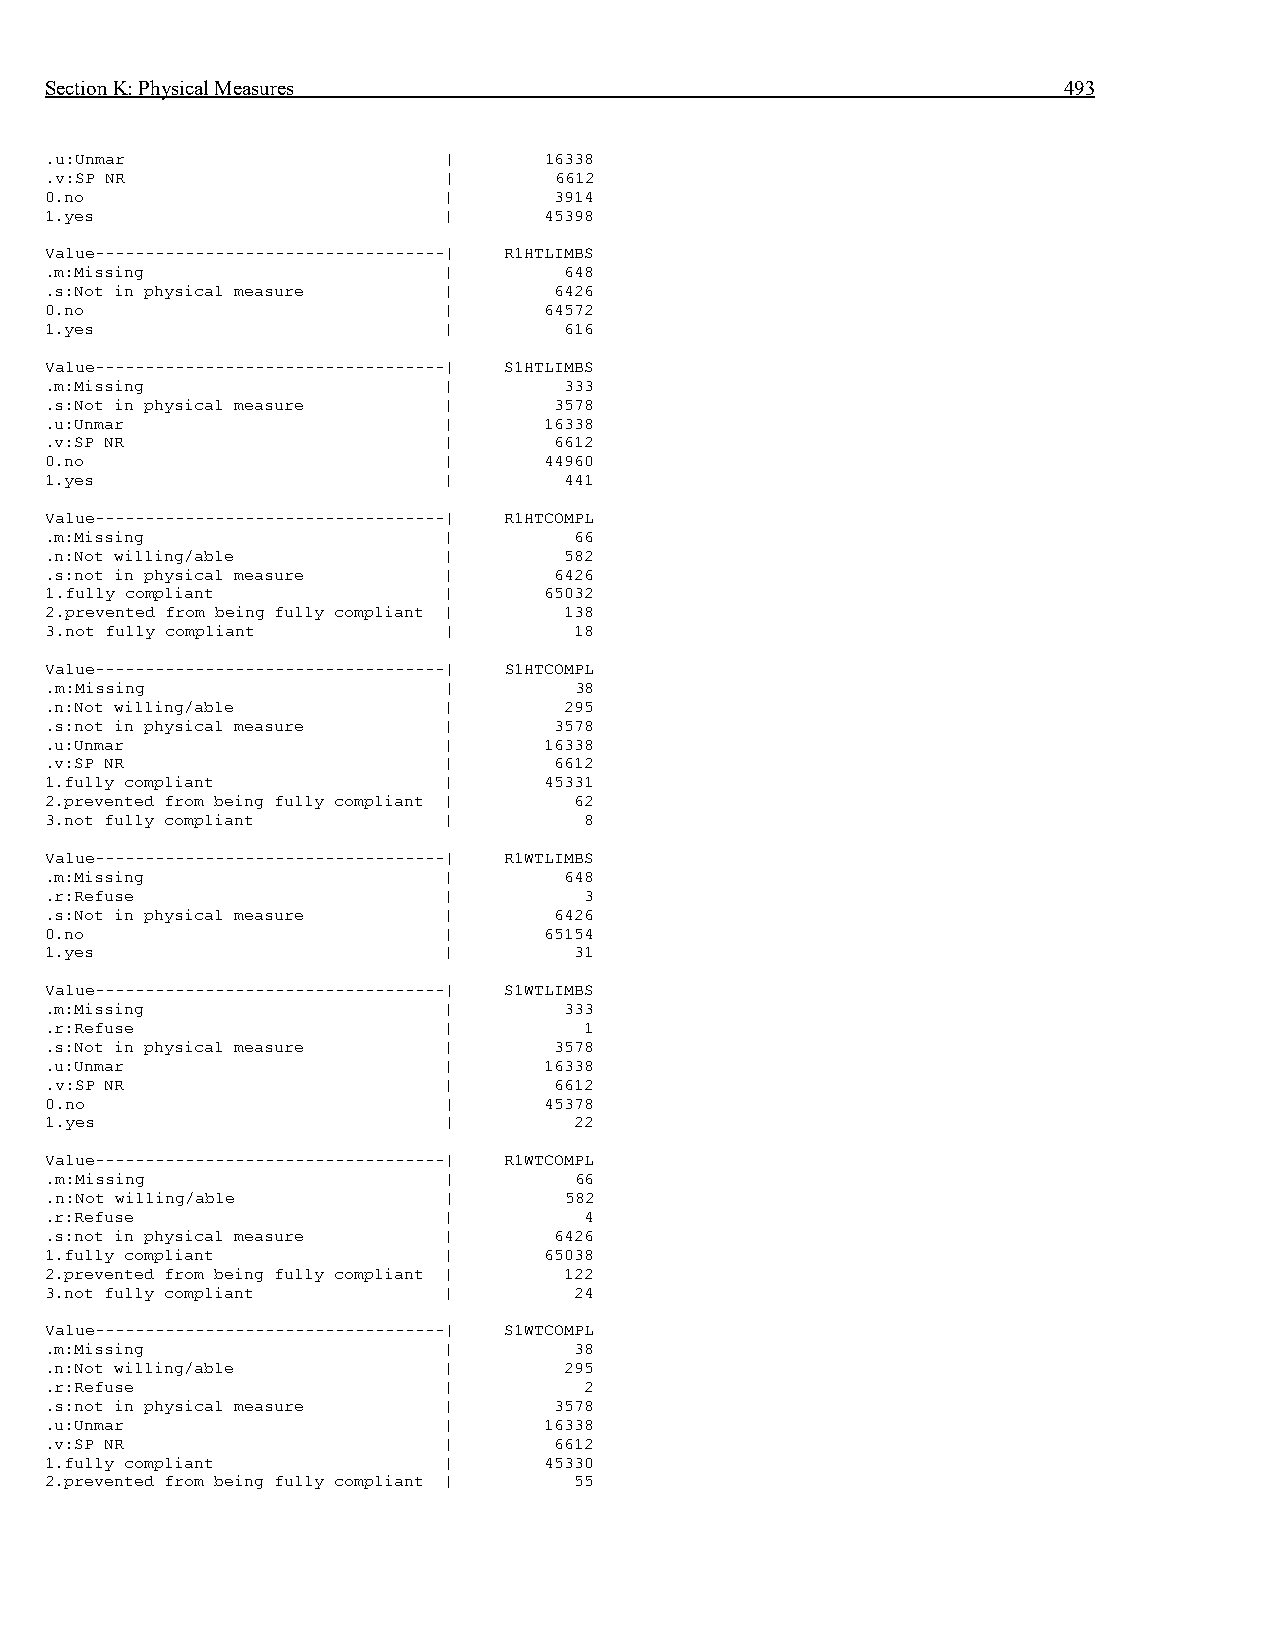
Section K: Physical Measures                                       493
 .u:Unmar                  |      16338
 .v:SP NR                  |       6612
 0.no                      |       3914
 1.yes                     |      45398
 Value-----------------------------------| R1HTLIMBS
 .m:Missing                |       648
 .s:Not in physical measure |      6426
 0.no                      |      64572
 1.yes                     |       616
 Value-----------------------------------| S1HTLIMBS
 .m:Missing                |       333
 .s:Not in physical measure |      3578
 .u:Unmar                  |      16338
 .v:SP NR                  |       6612
 0.no                      |      44960
 1.yes                     |       441
 Value-----------------------------------| R1HTCOMPL
 .m:Missing                |        66
 .n:Not willing/able       |       582
 .s:not in physical measure |      6426
 1.fully compliant         |      65032
 2.prevented from being fully compliant | 138
 3.not fully compliant     |        18
 Value-----------------------------------| S1HTCOMPL
 .m:Missing                |        38
 .n:Not willing/able       |       295
 .s:not in physical measure |      3578
 .u:Unmar                  |      16338
 .v:SP NR                  |       6612
 1.fully compliant         |      45331
 2.prevented from being fully compliant | 62
 3.not fully compliant     |         8
 Value-----------------------------------| R1WTLIMBS
 .m:Missing                |       648
 .r:Refuse                 |         3
 .s:Not in physical measure |      6426
 0.no                      |      65154
 1.yes                     |        31
 Value-----------------------------------| S1WTLIMBS
 .m:Missing                |       333
 .r:Refuse                 |         1
 .s:Not in physical measure |      3578
 .u:Unmar                  |      16338
 .v:SP NR                  |       6612
 0.no                      |      45378
 1.yes                     |        22
 Value-----------------------------------| R1WTCOMPL
 .m:Missing                |        66
 .n:Not willing/able       |       582
 .r:Refuse                 |         4
 .s:not in physical measure |      6426
 1.fully compliant         |      65038
 2.prevented from being fully compliant | 122
 3.not fully compliant     |        24
 Value-----------------------------------| S1WTCOMPL
 .m:Missing                |        38
 .n:Not willing/able       |       295
 .r:Refuse                 |         2
 .s:not in physical measure |      3578
 .u:Unmar                  |      16338
 .v:SP NR                  |       6612
 1.fully compliant         |      45330
 2.prevented from being fully compliant | 55